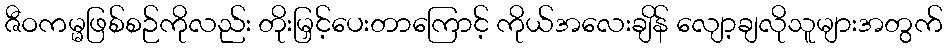
ဇီဝကမ္မဖြစ်စဉ်ကိုလည်း တိုးမြှင့်ပေးတာကြောင့် ကိုယ်အလေးချိန် လျော့ချလိုသူများအတွက်